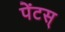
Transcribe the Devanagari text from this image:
पेंटस्